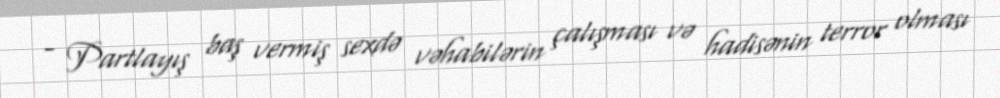
- Partlayış baş vermiş sexdə vəhabilərin çalışması və hadisənin terror olması